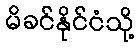
မိခင်နိုင်ငံသို့